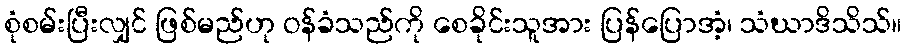
စုံစမ်းပြီးလျှင် ဖြစ်မည်ဟု ဝန်ခံသည်ကို စေခိုင်းသူအား ပြန်ပြောအံ့၊ သံဃာဒိသိသ်။